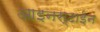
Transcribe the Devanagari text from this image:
आइनस्टाईन